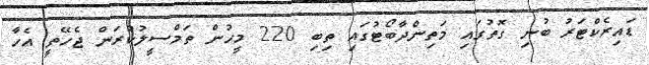
ޑައިރެކްޓަރު ބުނި ގޮތުގައި މަތިންދާބޯޓުގައި ތިބި 220 މީހުން ތަމްސީލުކުރަން ޖެހޭތީ އެހާ